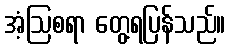
အံ့ဩစရာ တွေ့ရပြန်သည်။